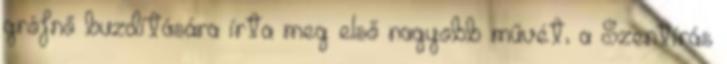
grófnő buzdítására írta meg első nagyobb művét, a Szentírás